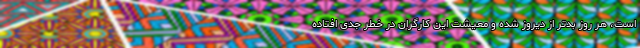
است، هر روز بدتر از دیروز شده و معیشت این کارگران در خطر جدی افتاده